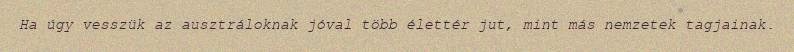
Ha úgy vesszük az ausztráloknak jóval több élettér jut, mint más nemzetek tagjainak.